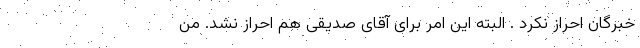
خبرگان احراز نکرد . البته این امر برای آقای صدیقی هم احراز نشد. من